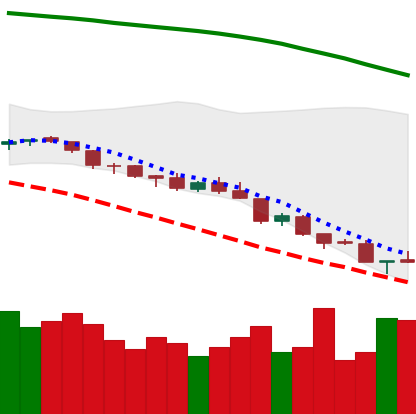
Ticker: NEO-USD
Chart end date: 2018-08-15
Forward return: 9.631%
Label: up_7plus